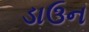
ડાઉન